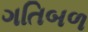
ગતિબળ